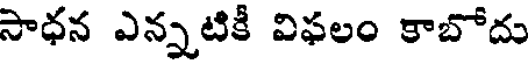
సాధన ఎన్నటికీ విఫలం కాబోదు